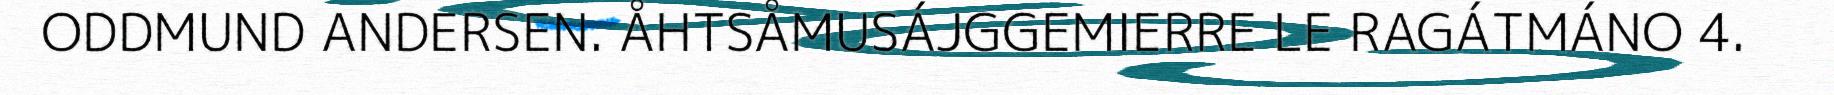
ODDMUND ANDERSEN. ÅHTSÅMUSÁJGGEMIERRE LE RAGÁTMÁNO 4.